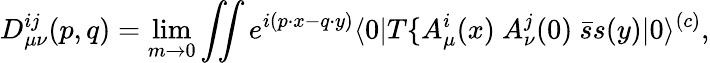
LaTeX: D_{\mu\nu}^{ij}(p,q)=\operatorname*{lim}_{m\to 0}\int\! \! \! \int e^{i(p\cdot x-q\cdot y)}\langle 0|T\{ A_{\mu}^{i}(x)\ A_{\nu}^{j}(0)\ \bar{s}s(y)|0\rangle^{(c)},